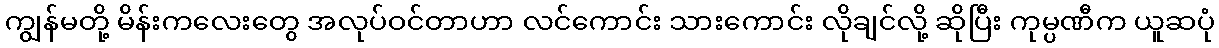
ကျွန်မတို့ မိန်းကလေးတွေ အလုပ်ဝင်တာဟာ လင်ကောင်း သားကောင်း လိုချင်လို့ ဆိုပြီး ကုမ္ပဏီက ယူဆပုံ